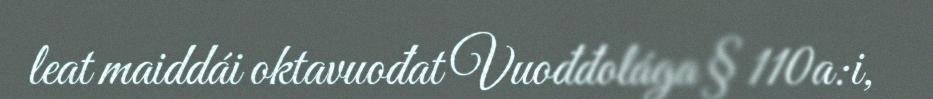
leat maiddái oktavuođat Vuođđolága § 110a:i,